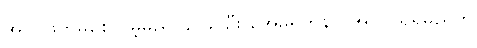
အကဲဖြတ်မိစေလိမ့်မည် ခင်ခင်ဦး အေမရိကန်င အလုပ်ရရှိမည်ဟု